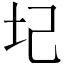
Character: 圮